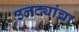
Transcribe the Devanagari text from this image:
उलट्यांचा